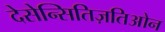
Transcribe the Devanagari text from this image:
देसेन्सितिज़तिओन